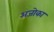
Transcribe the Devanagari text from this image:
अजोका